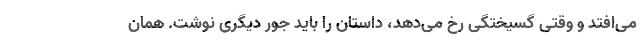
می‌افتد و وقتی گسیختگی رخ می‌دهد، داستان را باید جور دیگری نوشت. همان